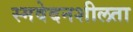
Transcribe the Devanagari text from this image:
स्मवेदनशीलता